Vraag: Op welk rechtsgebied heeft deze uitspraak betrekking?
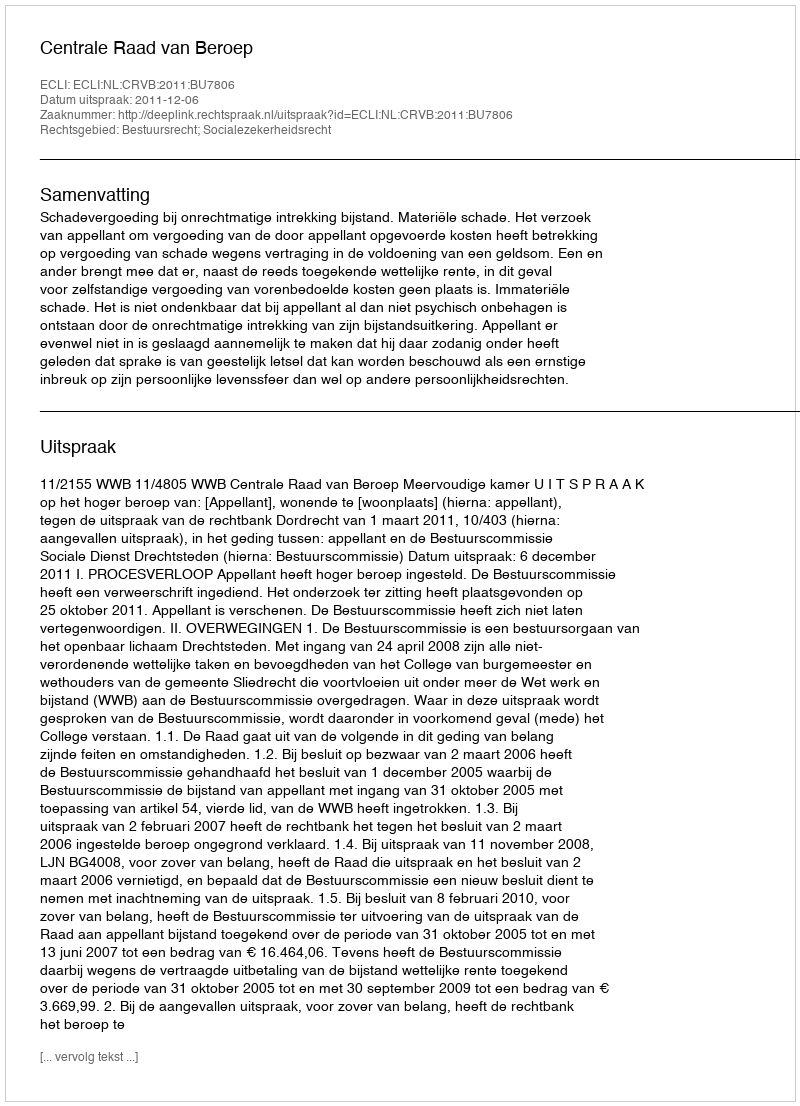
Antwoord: Bestuursrecht; Socialezekerheidsrecht